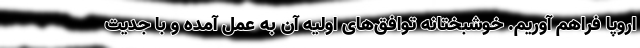
اروپا فراهم آوریم. خوشبختانه توافق‌های اولیه آن به عمل آمده و با جدیت